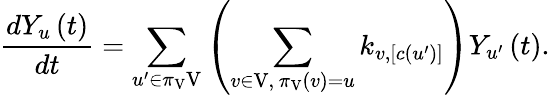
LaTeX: \frac{dY_{u}\left(t\right)}{dt}=\sum_{u^{\prime}\in\pi_{\mathrm{V}}\mathrm{V}}\left(\sum_{\substack{v\in\mathrm{V},\, \pi_{\mathrm{V}}\left(v\right)=u}}k_{v,\left[c\left(u^{\prime}\right)\right]}\right)Y_{u^{\prime}}\left(t\right).